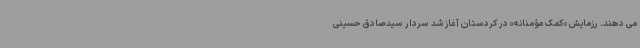
می دهند. رزمایش «کمک مؤمنانه» در کردستان آغاز شد سردار سیدصادق حسینی